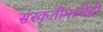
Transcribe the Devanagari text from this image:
संस्कृतीमध्येही